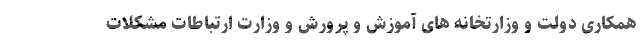
همکاری دولت و وزارتخانه های آموزش و پرورش و وزارت ارتباطات مشکلات